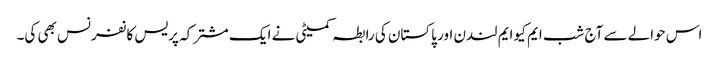
اس حوالے سے آج شب ایم کیو ایم لندن اور پاکستان کی رابطہ کمیٹی نے ایک مشترکہ پریس کانفرنس بھی کی۔